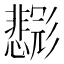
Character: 𱝨